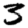
Digit: 3